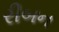
રીબન